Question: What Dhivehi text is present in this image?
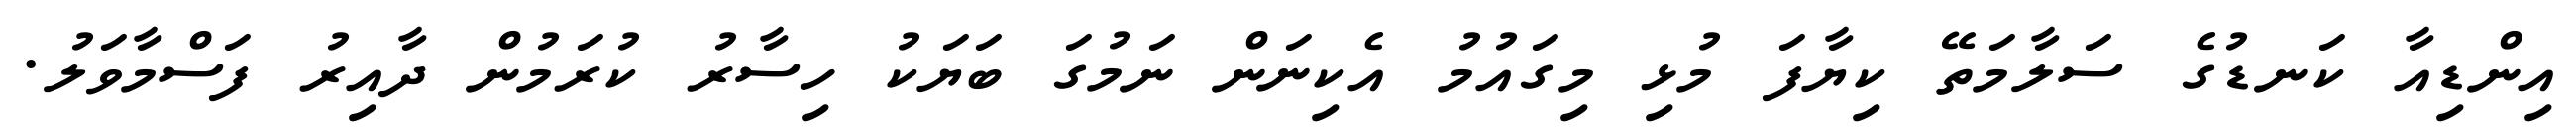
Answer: އިންޑިއާ ކަނޑުގެ ސަލާމަތޭ ކިޔާފަ މުޅި މިގައުމު އެކިނަން ނަމުގަ ބަޔަކު ހިސާރު ކުރަމުން ދާއިރު ފަސްމާވަލު.